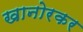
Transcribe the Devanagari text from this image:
खानोरकर